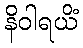
နိဝါရယိံ